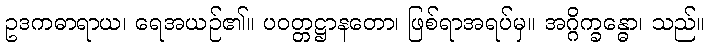
ဥဒကဓာရာယ၊ ရေအယဉ်၏။ ပဝတ္တဋ္ဌာနတော၊ ဖြစ်ရာအရပ်မှ။ အဂ္ဂိက္ခန္ဓော၊ သည်။